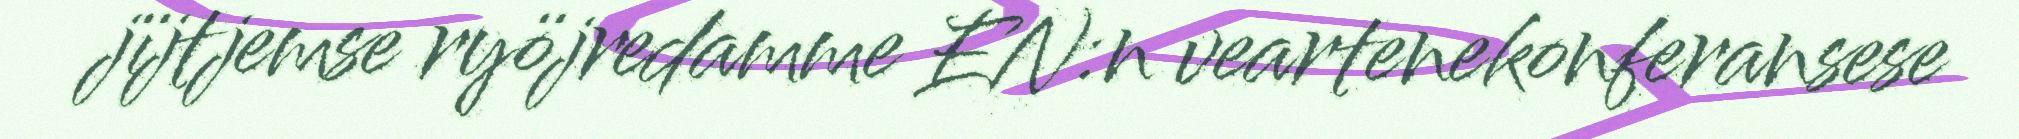
jïjtjemse ryöjredamme EN:n veartenekonferansese